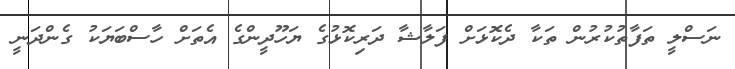
ނަސްލީ ތަފާތުކުރުން ތަކާ ދެކޮޅަށް ފަލާޝާ ދަރިކޮޅުގެ ޔަހޫދީންގެ އެތަށް ހާސްބަޔަކު ގެންދަނީ